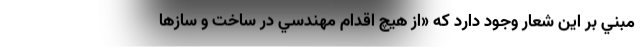
مبني بر اين شعار وجود دارد كه «از هيچ اقدام مهندسي در ساخت و سازها